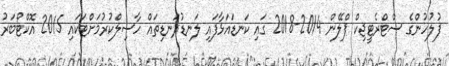
ފުލުހުންގެ ސްޓްރެޓީޖިކް ޕްލޭން 2014-2018 ގައި ކަނޑައަޅާފައި ލަނޑުދަނޑިތައް ހާސިލްކުރުމަށްޓަކައި 2015 އޮކްޓޯބަރު